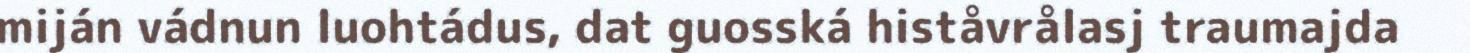
miján vádnun luohtádus, dat guosská histåvrålasj traumajda